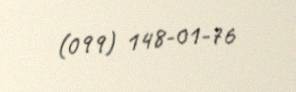
(099) 148-01-76